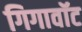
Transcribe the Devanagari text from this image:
गिगावॉट